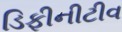
ડિફીનીટીવ